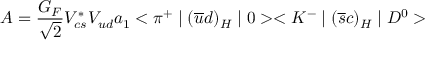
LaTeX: A = \frac { G _ { F } } { \sqrt { 2 } } V _ { c s } ^ { * } V _ { u d } a _ { 1 } < \pi ^ { + } \mid ( \overline { { { u } } } d ) _ { H } \mid 0 > < K ^ { - } \mid ( \overline { { { s } } } c ) _ { H } \mid D ^ { 0 } >